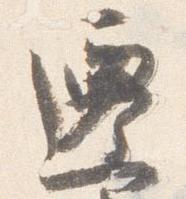
遷